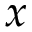
x